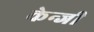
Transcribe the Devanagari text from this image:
केन्जी